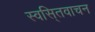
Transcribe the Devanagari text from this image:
स्वसि्तवाचन